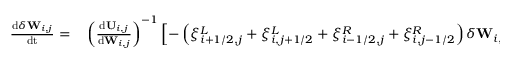
\begin{array} { r l } { \frac { \mathrm { d } \delta \mathbf { W } _ { i , j } } { \mathrm { d t } } = } & { { } \left( \frac { \mathrm { d } \mathbf { U } _ { i , j } } { \mathrm { d } { \mathbf { W } _ { i , j } } } \right) ^ { - 1 } \left[ - \left( \xi _ { i + 1 / 2 , j } ^ { L } + \xi _ { i , j + 1 / 2 } ^ { L } + \xi _ { i - 1 / 2 , j } ^ { R } + \xi _ { i , j - 1 / 2 } ^ { R } \right) \delta \mathbf { W } _ { i , j } \right. } \end{array} ,